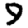
Digit: 9